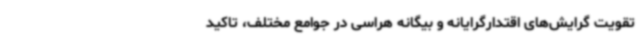
تقویت گرایش‌های اقتدارگرایانه و بیگانه هراسی در جوامع مختلف، تاکید